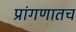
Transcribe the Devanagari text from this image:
प्रांगणातच